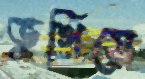
ভুগিয়ে